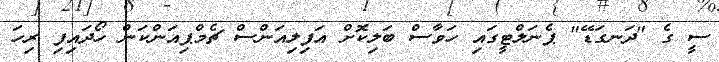
ސީ ގެ "ދަނގަޑޭ" ޕެނަލްޓީގައި ހަވާސް ބަލިކޮށް އަފިލިއަންސް ޗެމްޕިއަންކަން ހޯދައިފި ރިހަ